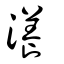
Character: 瀁